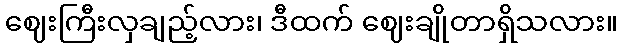
ဈေးကြီးလှချည့်လား၊ ဒီထက် ဈေးချိုတာရှိသလား။